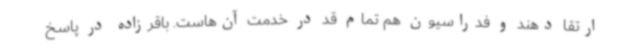
ارتقا دهند و فدراسیون هم تمام قد در خدمت آن‌هاست. باقرزاده در پاسخ